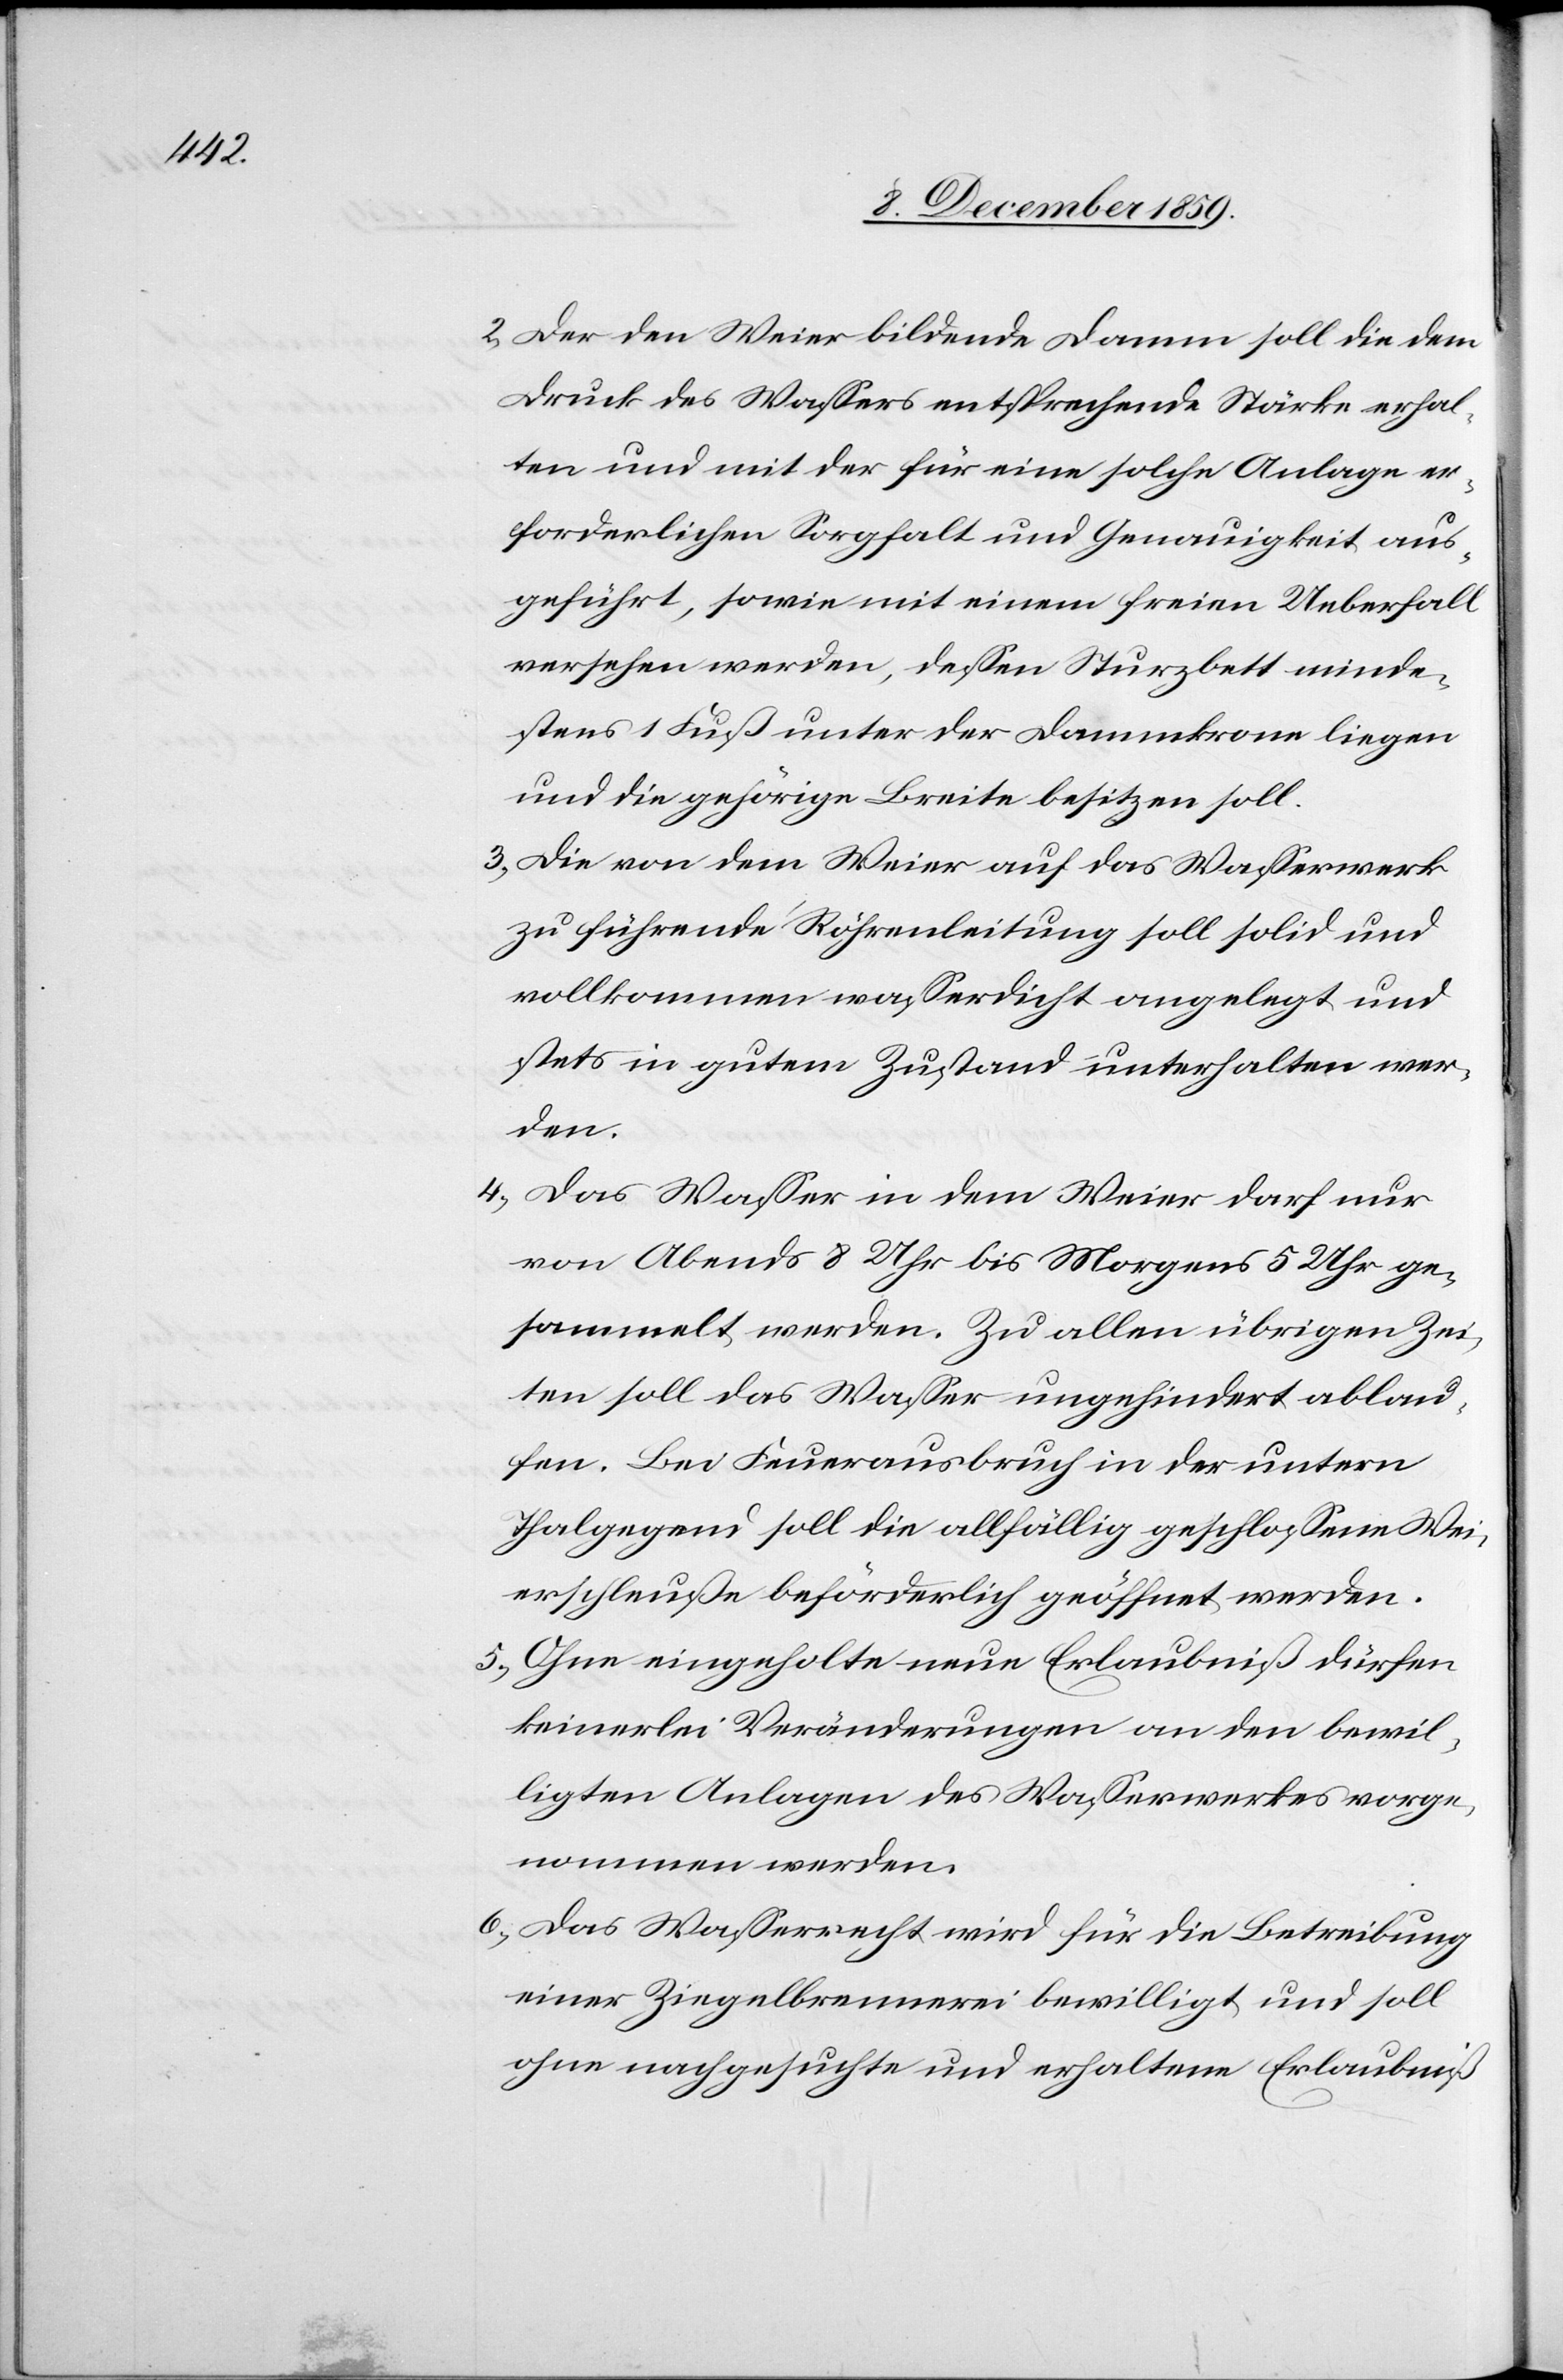
2) Der den Weier bildende Damm soll die dem
Druck des Wassers entsprechende Stärke erhal¬
ten und mit der für eine solche Anlage er¬
forderlichen Sorgfalt und Genauigkeit aus¬
geführt, sowie mit einem freien Ueberfall
versehen werden, dessen Sturzbett minde¬
stens 1 Fuß unter der Dammkrone liegen
und die gehörige Breite besitzen soll.
3) Die von dem Weier auf das Wasserwerk
zu führende Röhrenleitung soll solid und
vollkommen wasserdicht angelegt und
stets in gutem Zustand unterhalten wer¬
den.
4) Das Wasser in dem Weier darf nur
von Abends 8 Uhr bis Morgens 5 Uhr ge¬
sammelt werden. Zu allen übrigen Zei¬
ten soll das Wasser ungehindert ablau¬
fen. Bei Feuerausbruch in der untern
Thalgegend soll die allfällig geschlossene Wei¬
erschleuße beförderlich geöffnet werden.
5) Ohne eingeholte neue Erlaubniß dürfen
keinerlei Veränderungen an den bewil¬
ligten Anlagen des Wasserwerkes vorge¬
nommen werden.
6) Das Wasserrecht wird für die Betreibung
einer Ziegelbrennerei bewilligt, und soll
ohne nachgesuchte und erhaltene Erlaubniß